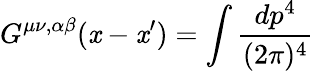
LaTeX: G^{\mu\nu,\alpha\beta}(\mathit{x}-\mathit{x}^{\prime})=\int\frac{{dp^{4}}}{{(2\pi)^{4}}}